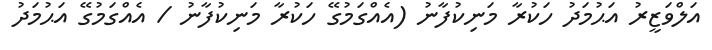
އަލްވަޒީރު އަޙުމަދު ހަކުރާ މަނިކުފާނު (އެއްގަމުގޭ ހަކުރާ މަނިކުފާނު / އެއްގަމުގޭ އަޙުމަދު